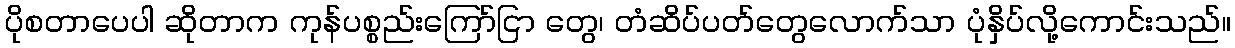
ပိုစတာပေပါ ဆိုတာက ကုန်ပစ္စည်းကြော်ငြာ တွေ၊ တံဆိပ်ပတ်တွေလောက်သာ ပုံနှိပ်လို့ကောင်းသည်။